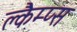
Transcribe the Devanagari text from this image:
क्लैम्प्स